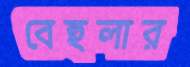
বেহুলার